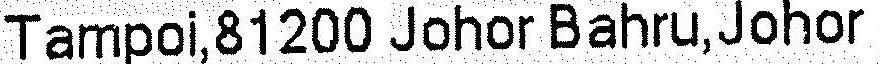
TAMPOI,81200 JOHOR BAHRU,JOHOR